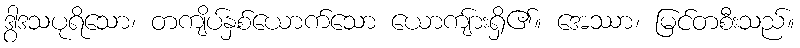
ဒွါဒသပုရိသော၊ တကျိပ်နှစ်ယောက်သော ယောကျ်ားရှိ၏။ အေဿာ၊ မြင်တစီးသည်။